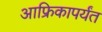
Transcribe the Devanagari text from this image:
आफ्रिकापर्यंत